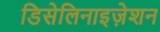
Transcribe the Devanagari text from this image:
डिसेलिनाइज़ेशन